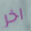
اخر